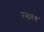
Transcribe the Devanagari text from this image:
रगारंग